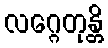
လဂ္ဂေတုန္တိ